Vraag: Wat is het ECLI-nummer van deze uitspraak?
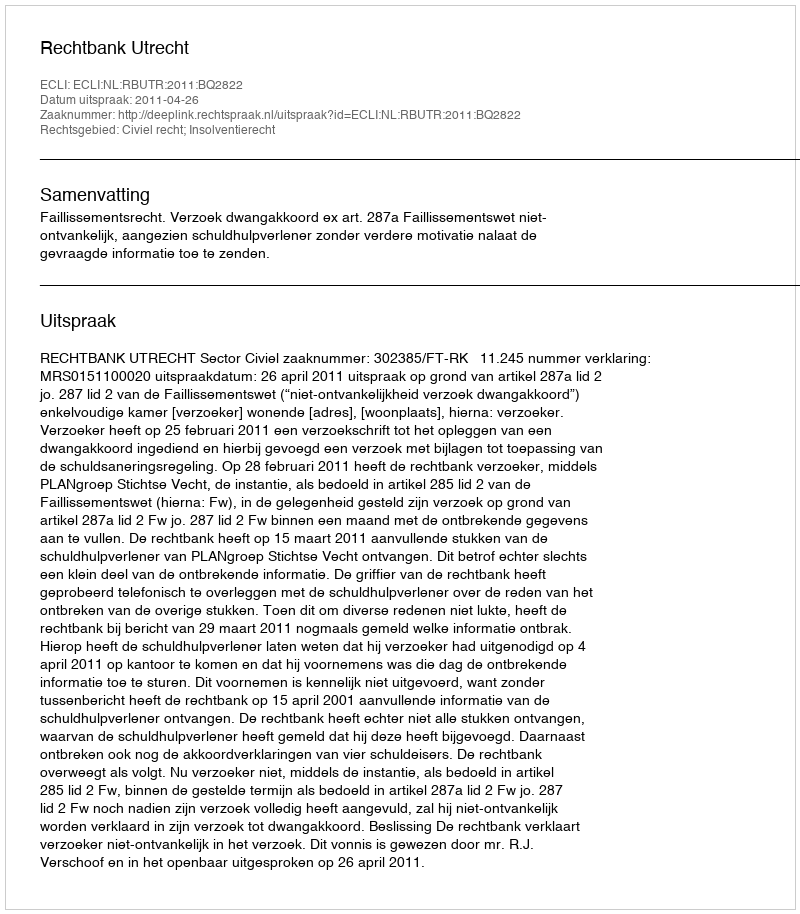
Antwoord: ECLI:NL:RBUTR:2011:BQ2822